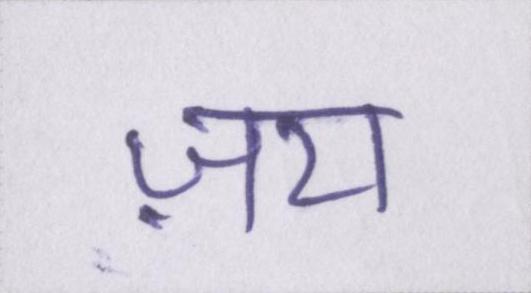
ज़रा